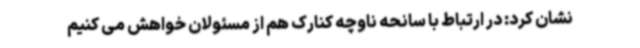
نشان کرد: در ارتباط با سانحه ناوچه کنارک هم از مسئولان خواهش می کنیم